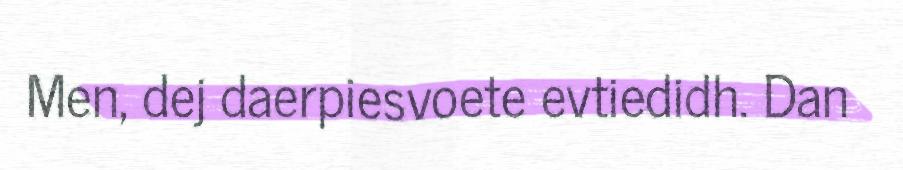
Men, dej daerpiesvoete evtiedidh. Dan